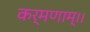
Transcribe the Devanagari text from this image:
कर्मणाम्।।